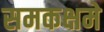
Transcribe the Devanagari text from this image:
समकक्षमे